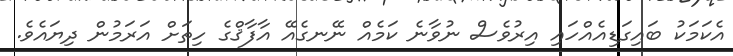
އެކަމަކު ބައިގަޑިއެއްހައި އިރުވެސް ނުވާނެ ކަމެއް ނޭނގެއޭ އާފާޤްގެ ހިތަށް އަރަމުން ދިޔައެވެ.